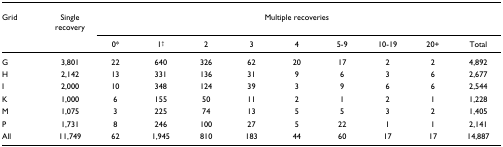
<table><thead><tr><td><b>Grid</b></td><td><b>Single recovery</b></td><td colspan="9"><b>Multiple recoveries</b></td></tr><tr><td>[EMPTY_CELL]</td><td>[EMPTY_CELL]</td><td><b>0*</b></td><td><b>1<sup>†</sup></b></td><td><b>2</b></td><td><b>3</b></td><td><b>4</b></td><td><b>5-9</b></td><td><b>10-19</b></td><td><b>20+</b></td><td><b>Total</b></td></tr></thead><tbody><tr><td>G</td><td>3,801</td><td>22</td><td>640</td><td>326</td><td>62</td><td>20</td><td>17</td><td>2</td><td>2</td><td>4,892</td></tr><tr><td>H</td><td>2,142</td><td>13</td><td>331</td><td>136</td><td>31</td><td>9</td><td>6</td><td>3</td><td>6</td><td>2,677</td></tr><tr><td>I</td><td>2,000</td><td>10</td><td>348</td><td>124</td><td>39</td><td>3</td><td>9</td><td>6</td><td>6</td><td>2,544</td></tr><tr><td>K</td><td>1,000</td><td>6</td><td>155</td><td>50</td><td>11</td><td>2</td><td>1</td><td>2</td><td>1</td><td>1,228</td></tr><tr><td>M</td><td>1,075</td><td>3</td><td>225</td><td>74</td><td>13</td><td>5</td><td>5</td><td>3</td><td>2</td><td>1,405</td></tr><tr><td>P</td><td>1,731</td><td>8</td><td>246</td><td>100</td><td>27</td><td>5</td><td>22</td><td>1</td><td>1</td><td>2,141</td></tr><tr><td>All</td><td>11,749</td><td>62</td><td>1,945</td><td>810</td><td>183</td><td>44</td><td>60</td><td>17</td><td>17</td><td>14,887</td></tr></tbody></table>